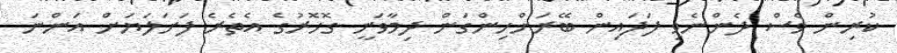
ކުރިން ވެސް ދެންނެވި ފަދައިން ބޭރަށްހިންގަން ދިމާވަނީ ގޮހޮރުގެ އެތެރެ ފަށަލަޔަށް އަންނަ